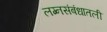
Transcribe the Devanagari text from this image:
लग्नसंबंधातली